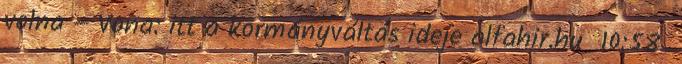
volna – Vona: itt a kormányváltás ideje alfahir.hu 10:58